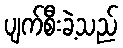
ပျက်စီးခဲ့သည်